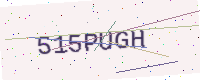
Text: 515PUGH